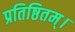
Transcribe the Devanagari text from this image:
प्रतिष्ठितम्‌।